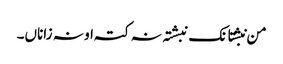
من نبشتانک نبشتہ نہ کتہ او نہ زاناں۔